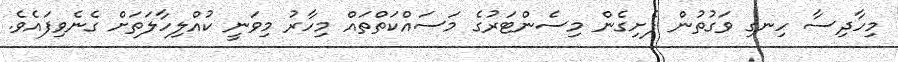
މިހާދިސާ ހިނގި ވަގުތުން ފެށިގެން މިސެންޓަރުގެ މަަސައްކަތްތައް މިހާރު މިވަނީ ކުއްލިހާލަތަށް ގެނެވިފައެވެ.